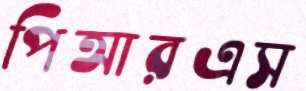
পিআরএস